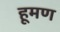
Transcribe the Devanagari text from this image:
हूमण